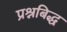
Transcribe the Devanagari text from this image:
प्रश्नबिद्ध